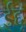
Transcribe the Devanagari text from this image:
ईद्दू